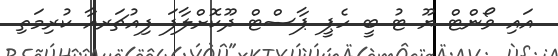
އައި ވޯންޓް ޔޫ ޓު ބީ ހެޕީ ޕާސްޓް ދޫކޮށްލާފަ ފިއުޗަރއާ ކުރިމަތި